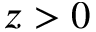
z > 0